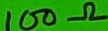
Text: 100Ω